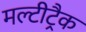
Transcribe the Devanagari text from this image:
मल्टीट्रैक